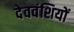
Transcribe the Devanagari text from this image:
देववंशियों